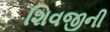
શિવજીની